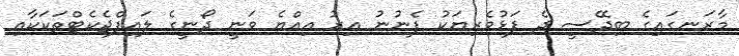
މާރަނގައިގެ ބިދޭސީ ދެ ފަޅުވެރިޔަކު ފެނުނު އިރު އިއްޔެ ވަނީ ދޯނީގެ ލައިފްޖެކެޓްތަކަކާއި